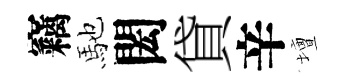
竊馳閎貸辛壇